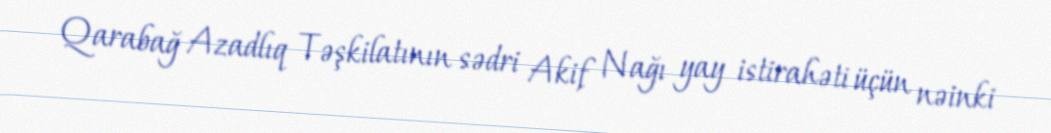
Qarabağ Azadlıq Təşkilatının sədri Akif Nağı yay istirahəti üçün nəinki